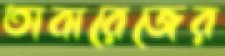
তাবারেজের